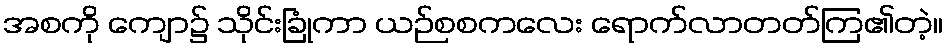
အစကို ကျော၌ သိုင်းခြုံကာ ယဉ်စစကလေး ရောက်လာတတ်ကြ၏တဲ့။